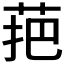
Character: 𱽩